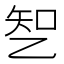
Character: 𰁆